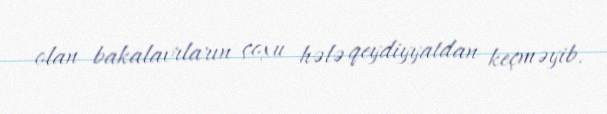
olan bakalavrların çoxu hələ qeydiyyatdan keçməyib.